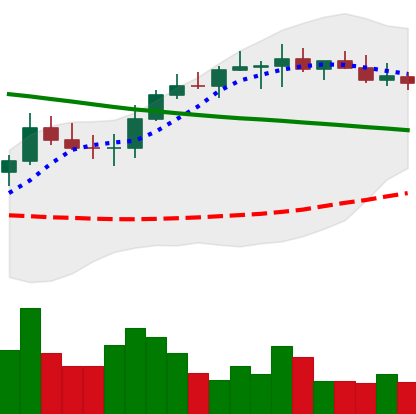
Ticker: BNB-USD
Chart end date: 2022-08-16
Forward return: -4.541%
Label: down_3_5